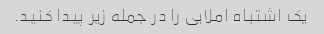
یک اشتباه املایی را در جمله زیر پیدا کنید.